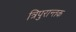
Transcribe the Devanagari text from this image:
त्रिपुरान्तक